Education (Scotland) Act, 1918, 1918
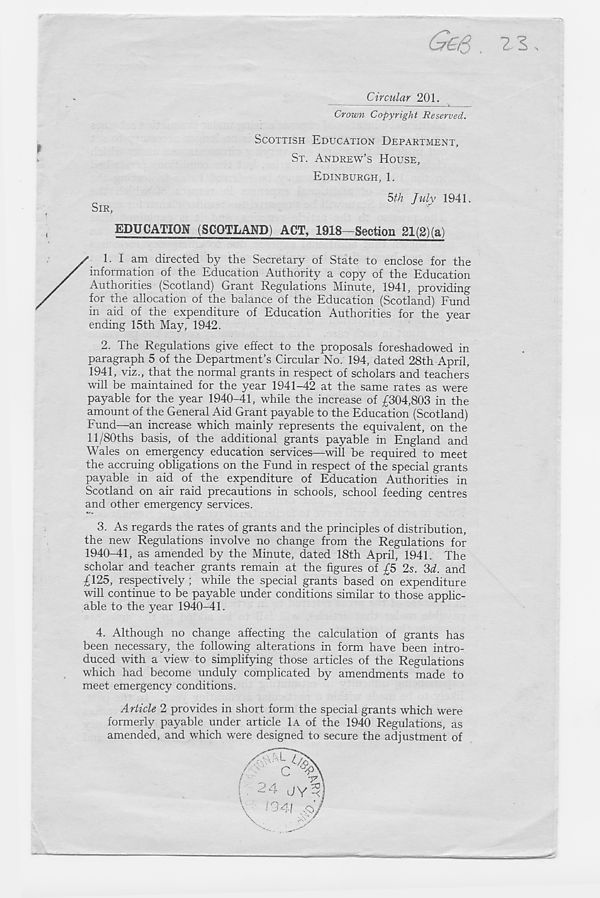
%
SIR,
Circular 201.
Crown Copyright Reserved.
SCOTTISH EDUCATION DEPARTMENT,
ST. ANDREW’S HOUSE,
EDINBURGH, 1.
5th July 1941.
EDUCATION (SCOTLAND) ACT, 1918—Section 21(2)(a)
1.
I am directed by the Secretary of State to
information of the Education Authority a copy of the Education
Authorities (Scotland) Grant Regulations Minute, 1941, providing
for the allocation of the balance of the Education (Scotland) Fund
in aid of the expenditure of Education Authorities for the year
ending 15th May, 1942.
2. The Regulations give effect to the proposals foreshadowed in
paragraph 5 of the Department’s Circular No. 194, dated 28th April,
1941, viz., that the normal grants in respect of scholars and teachers
will be maintained for the year 1941-42 at the same rates as were
payable for the year 1940-41, while the increase of £304,803 in the
amount of the General Aid Grant payable to the Education (Scotland)
Fund—an increase which mainly represents the equivalent, on the
ll/80ths basis, of the additional grants payable in England and
Wales on emergency education services—will be required to meet
the accruing obligations on the Fund in respect of the special grants
payable in aid of the expenditure of Education Authorities in
Scotland on air raid precautions in schools, school feeding centres
and other emergency services.
3. As regards the rates of grants and the principles of distribution,
the new Regulations involve no change from the Regulations for
1940-41, as amended by the Minute, dated 18th April, 1941. The
scholar and teacher grants remain at the figures of £5 2s. 3d. and
£125, respectively ; while the special grants based on expenditure
will continue to be payable under conditions similar to those applic-
able to the year 1940-41.
4.
Although no change affecting the calculation o
been necessary, the following alterations in form have been intro-
duced with a view to simplifying those articles of the Regulations
which had become unduly complicated by amendments made to
meet emergency conditions.
Article 2 provides in short form the special grants which were
formerly payable under article 1A of the 1940 Regulations, as
amended, and which were designed to secure the adjustment of